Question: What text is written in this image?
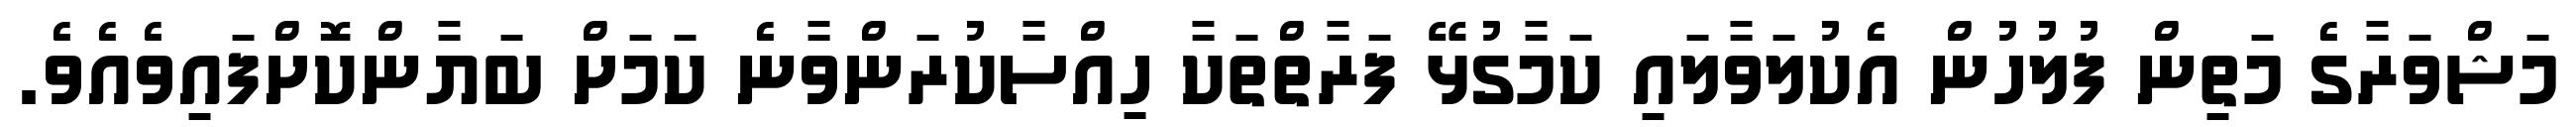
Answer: މަޝްވަރާގެ މަތިން ފުލުހުން އެކުލަވާލައި ކަމާގުޅޭ ފަރާތްތަކާ ހިއްސާކުރަންވާނެ ކަމަށް ބަޔާންކޮށްފައިވެއެވެ.